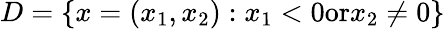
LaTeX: D=\{ x=(x_{1},x_{2}):x_{1}<0\textrm{or}x_{2}\neq 0\}